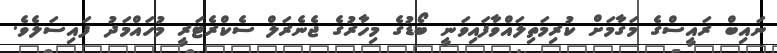
ނައިބް ރައީސްގެ މަގާމަށް ކުރިމަތިލައްވާފައިވަނީ ބޯޑުގެ މިހާރުގެ ޖެނެރަލް ސެކްރެޓަރީ މުހައްމަދު ފައިސަލެވެ.